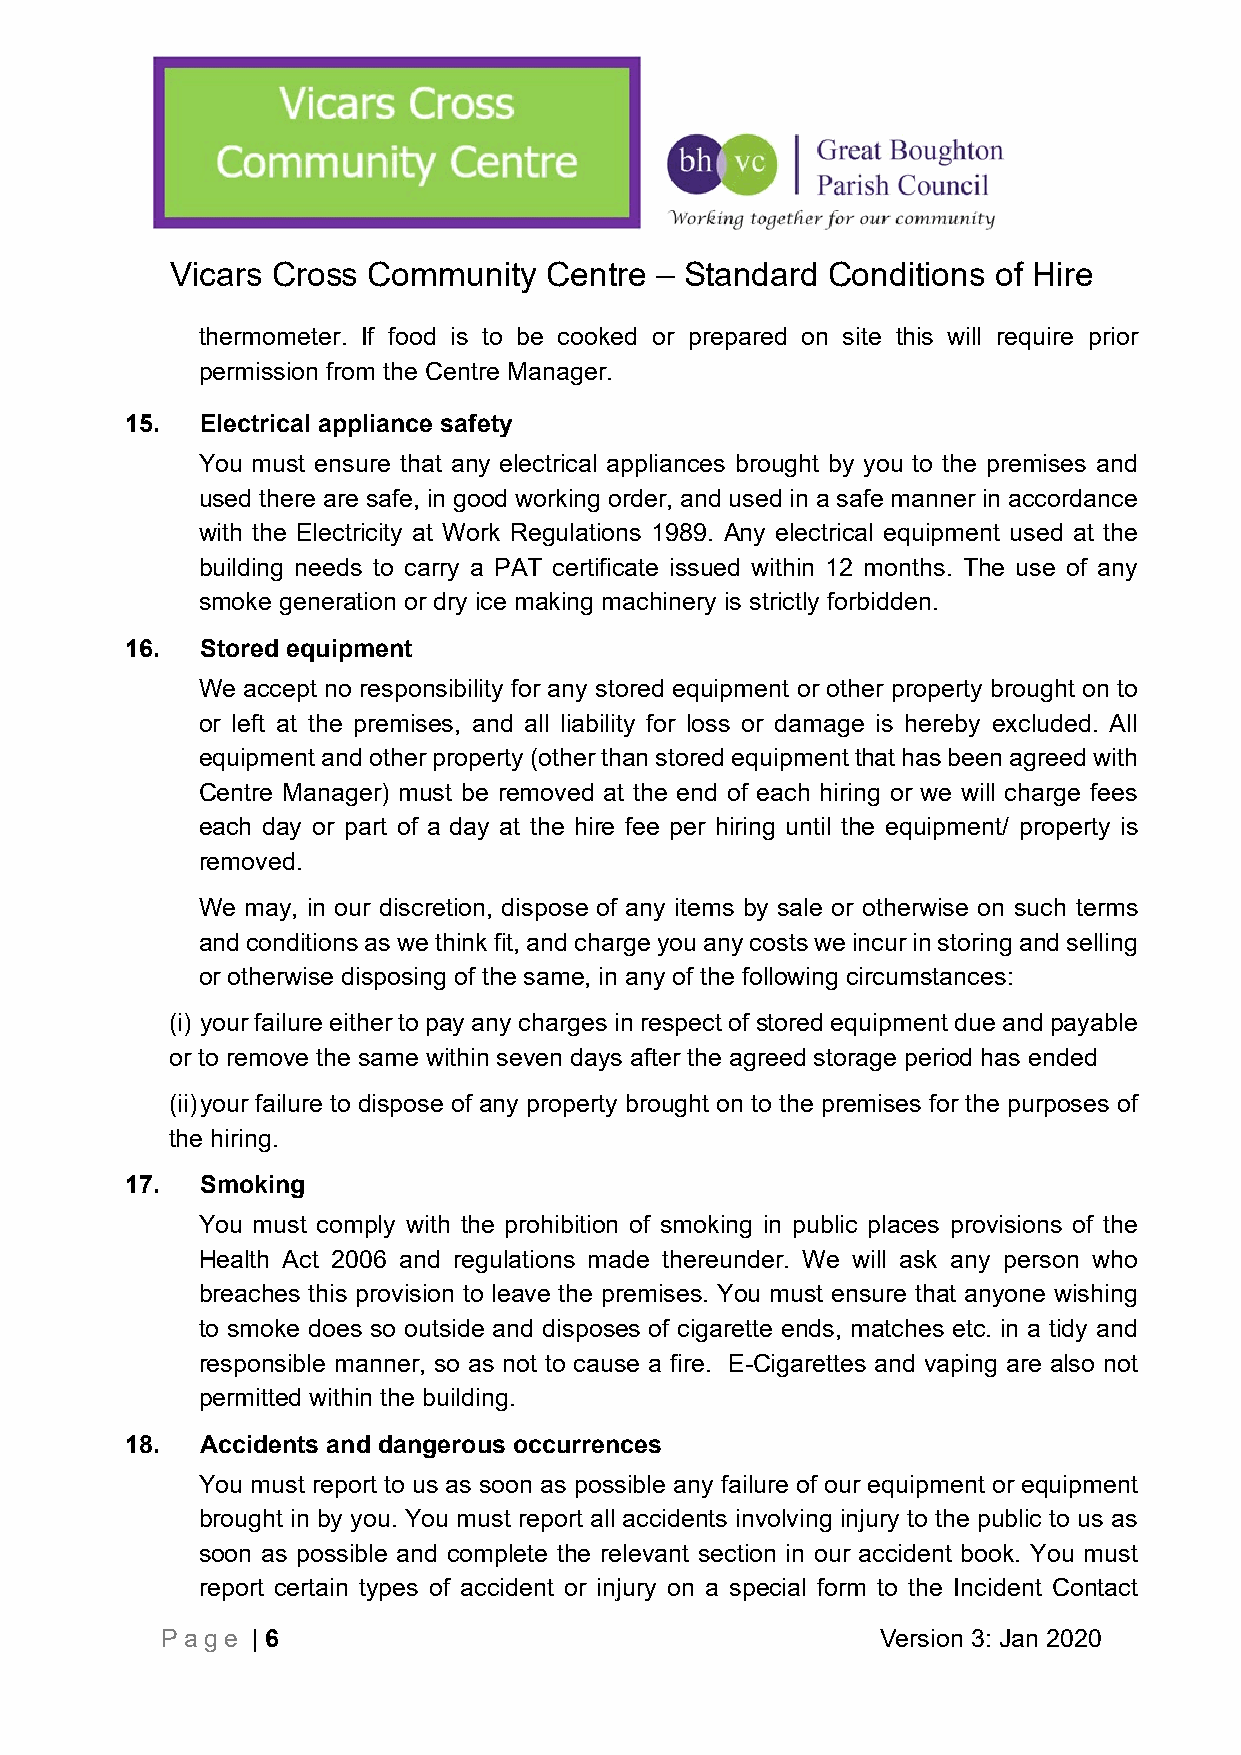
Vicars Cross Community   Centre – Standard  Conditions of Hire
 thermometer. If food is to be cooked or prepared on site this will require prior
 permission from the Centre Manager.
 15.  Electrical appliance safety
 You must ensure that any electrical appliances brought by you to the premises and
 used there are safe, in good working order, and used in a safe manner in accordance
 with the Electricity at Work Regulations 1989. Any electrical equipment used at the
 building needs to carry a PAT certificate issued within 12 months. The use of any
 smoke generation or dry ice making machinery is strictly forbidden.
 16.  Stored equipment
 We accept no responsibility for any stored equipment or other property brought on to
 or left at the premises, and all liability for loss or damage is hereby excluded. All
 equipment and other property (other than stored equipment that has been agreed with
 Centre Manager) must be removed at the end of each hiring or we will charge fees
 each day or part of a day at the hire fee per hiring until the equipment/ property is
 removed.
 We may, in our discretion, dispose of any items by sale or otherwise on such terms
 and conditions as we think fit, and charge you any costs we incur in storing and selling
 or otherwise disposing of the same, in any of the following circumstances:
 (i) your failure either to pay any charges in respect of stored equipment due and payable
 or to remove the same within seven days after the agreed storage period has ended
 (ii) your failure to dispose of any property brought on to the premises for the purposes of
 the hiring.
 17.  Smoking
 You must comply with the prohibition of smoking in public places provisions of the
 Health Act 2006 and regulations made thereunder. We will ask any person who
 breaches this provision to leave the premises. You must ensure that anyone wishing
 to smoke does so outside and disposes of cigarette ends, matches etc. in a tidy and
 responsible manner, so as not to cause a fire. E-Cigarettes and vaping are also not
 permitted within the building.
 18.  Accidents and dangerous occurrences
 You must report to us as soon as possible any failure of our equipment or equipment
 brought in by you. You must report all accidents involving injury to the public to us as
 soon as possible and complete the relevant section in our accident book. You must
 report certain types of accident or injury on a special form to the Incident Contact
 Page  | 6                                      Version 3: Jan 2020